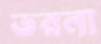
ভরনা